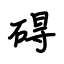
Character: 碍